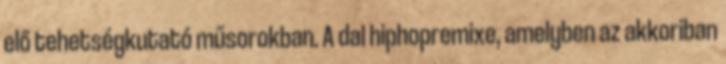
elő tehetségkutató műsorokban. A dal hiphopremixe, amelyben az akkoriban